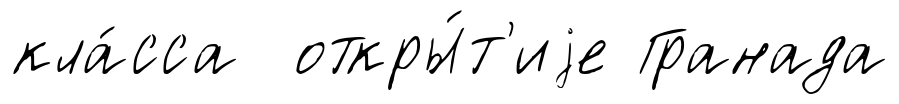
кла́сса откры́т'иjе Гранада